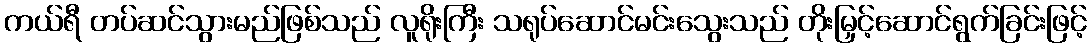
ကယ်ရီ တပ်ဆင်သွားမည်ဖြစ်သည် လူရိုးကြီး သရုပ်ဆောင်မင်းသွေးသည် တိုးမြှင့်ဆောင်ရွက်ခြင်းဖြင့်